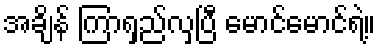
အချိန် ကြာရှည်လှပြီ မောင်မောင်ရဲ့။